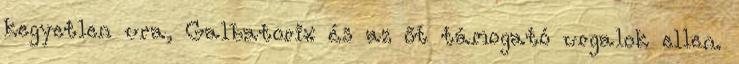
kegyetlen ura, Galbatorix és az őt támogató urgalok ellen.